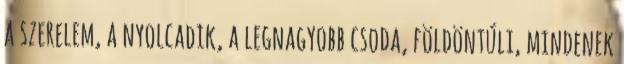
a szerelem, a nyolcadik, a legnagyobb csoda, földöntúli, mindenek